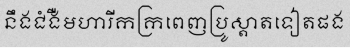
នឹងជំងឺមហារីកក្រពេញប្រូស្តាតទៀតផង